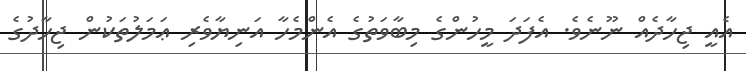
އެއީ ޖިހާދެއް ނޫނެވެ. އެފަދަ މީހުންގެ މިބާވަތުގެ އެންމެހާ އަނިޔާވެރި ޢަމަލުތަކުން ޖިހާދުގެ